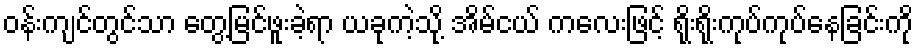
ဝန်းကျင်တွင်သာ တွေ့မြင်ဖူးခဲ့ရာ ယခုကဲ့သို့ အိမ်ငယ် ကလေးဖြင့် ရိုးရိုးကုပ်ကုပ်နေခြင်းကို